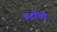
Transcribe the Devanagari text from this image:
बद्रींची